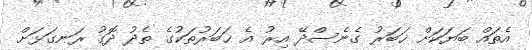
އެތައް ބަޔަކަށް ޚަބަރު ގެނެސްދޭ އިރު އެ ޚަބަރުތަކުގެ ތެދު ދޮގު ރަނގަޅަށް